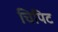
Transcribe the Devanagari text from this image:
चिपिट